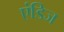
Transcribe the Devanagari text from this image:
एंडिज